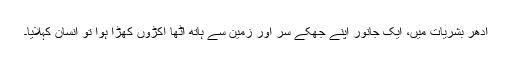
ادھر بشریات میں، ایک جانور اپنے جھکے سر اور زمین سے ہاتھ اٹھا اکڑوں کھڑا ہوا تو انسان کہلایا۔